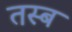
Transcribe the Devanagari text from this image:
तस्ब